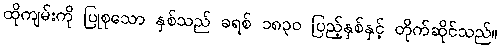
ထိုကျမ်းကို ပြုစုသော နှစ်သည် ခရစ် ၁၈၃၀ ပြည့်နှစ်နှင့် တိုက်ဆိုင်သည်။